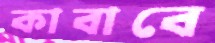
কাবাবে